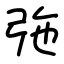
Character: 㢮